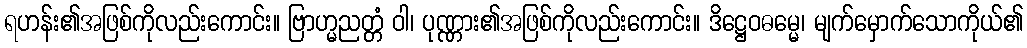
ရဟန်း၏အဖြစ်ကိုလည်းကောင်း။ ဗြာဟ္မညတ္တံ ဝါ၊ ပုဏ္ဏား၏အဖြစ်ကိုလည်းကောင်း။ ဒိဋ္ဌေဝဓမ္မေ၊ မျက်မှောက်သောကိုယ်၏